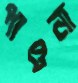
পাওনা